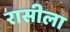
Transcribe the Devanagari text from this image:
रासीला